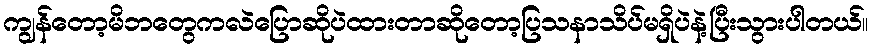
ကျွန်တော့မိဘတွေကလဲပြောဆိုပဲထားတာဆိုတော့ပြသနာသိပ်မရှိပဲနဲ့ပြီးသွားပါတယ်။